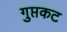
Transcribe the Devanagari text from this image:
गुप्तकट